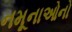
નમૂનાઓનો